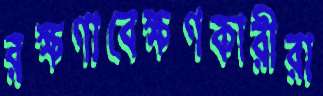
রক্ষণাবেক্ষণকারীরা